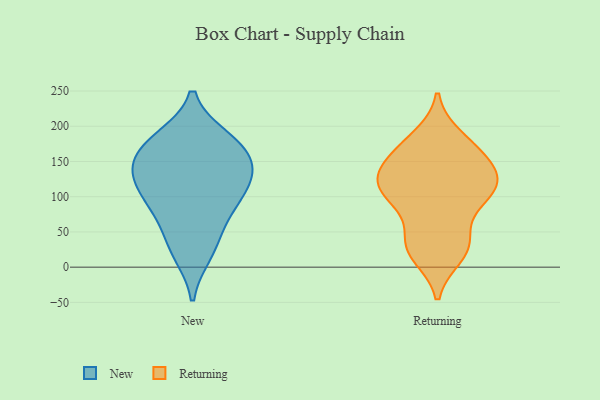
{"axis": {"x": "Market Share (%)", "y": "Value"}, "legend": ["New", "Returning"], "data": [{"x": "", "y": 155, "type": "New"}, {"x": "", "y": 176, "type": "New"}, {"x": "", "y": 141, "type": "New"}, {"x": "", "y": 74, "type": "New"}, {"x": "", "y": 176, "type": "New"}, {"x": "", "y": 182, "type": "New"}, {"x": "", "y": 32, "type": "New"}, {"x": "", "y": 81, "type": "New"}, {"x": "", "y": 104, "type": "New"}, {"x": "", "y": 123, "type": "New"}, {"x": "", "y": 115, "type": "New"}, {"x": "", "y": 139, "type": "New"}, {"x": "", "y": 20, "type": "New"}, {"x": "", "y": 43, "type": "Returning"}, {"x": "", "y": 32, "type": "Returning"}, {"x": "", "y": 184, "type": "Returning"}, {"x": "", "y": 149, "type": "Returning"}, {"x": "", "y": 22, "type": "Returning"}, {"x": "", "y": 151, "type": "Returning"}, {"x": "", "y": 171, "type": "Returning"}, {"x": "", "y": 126, "type": "Returning"}, {"x": "", "y": 116, "type": "Returning"}, {"x": "", "y": 126, "type": "Returning"}, {"x": "", "y": 174, "type": "Returning"}, {"x": "", "y": 91, "type": "Returning"}, {"x": "", "y": 17, "type": "Returning"}, {"x": "", "y": 108, "type": "Returning"}, {"x": "", "y": 141, "type": "Returning"}, {"x": "", "y": 100, "type": "Returning"}, {"x": "", "y": 115, "type": "Returning"}, {"x": "", "y": 99, "type": "Returning"}, {"x": "", "y": 33, "type": "Returning"}]}